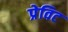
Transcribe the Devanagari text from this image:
प्रेविट